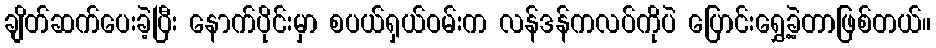
ချိတ်ဆက်ပေးခဲ့ပြီး နောက်ပိုင်းမှာ စပယ်ရှယ်ဝမ်းက လန်ဒန်ကလပ်ကိုပဲ ပြောင်းရွှေ့ခဲ့တာဖြစ်တယ်။